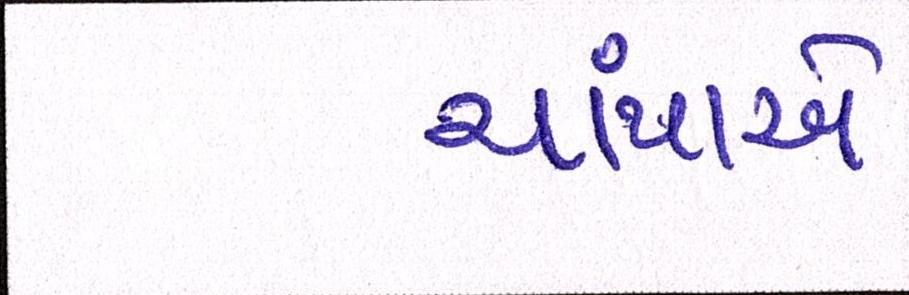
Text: ચાંપાએ